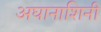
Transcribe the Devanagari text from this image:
अघानाशिनी